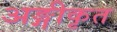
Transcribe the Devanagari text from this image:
अङ्गीकृत